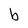
Character: b